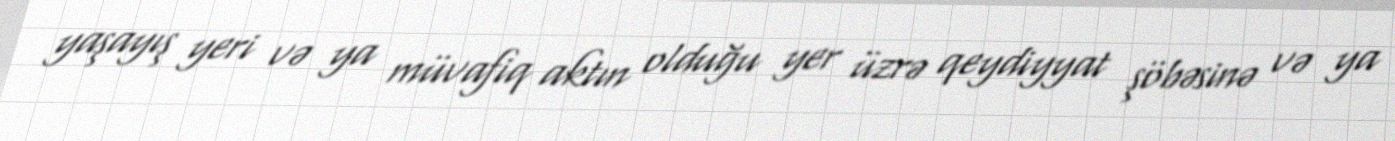
yaşayış yeri və ya müvafiq aktın olduğu yer üzrə qeydiyyat şöbəsinə və ya